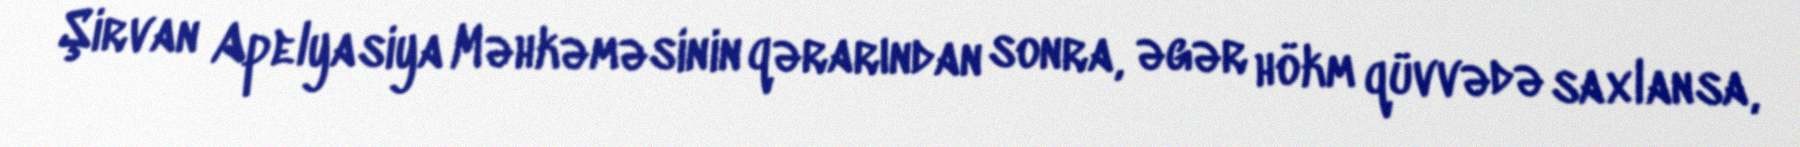
Şirvan Apelyasiya Məhkəməsinin qərarından sonra, əgər hökm qüvvədə saxlansa,